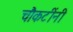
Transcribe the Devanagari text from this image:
चौकटींनी